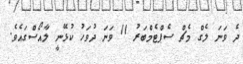
ދެ ވަނަ ލެގް މެޗް ސެޕްޓެމްބަރު 11 ވަނަ ދުވަހު ކުޅޭނީ ލާއޯސްގައެވެ.